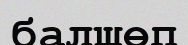
балшөп